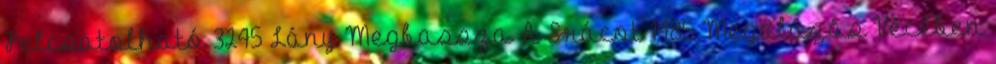
Felcsatolható 3245 Lány Megbassza A Srácot 1485 Megalázás Vécében